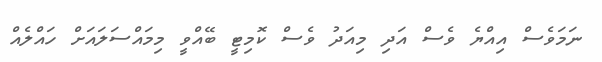
ނަމަވެސް އިއްޔެ ވެސް އަދި މިއަދު ވެސް ކޮމިޓީ ބޭއްވީ މިމައްސަލައަށް ހައްލެއް